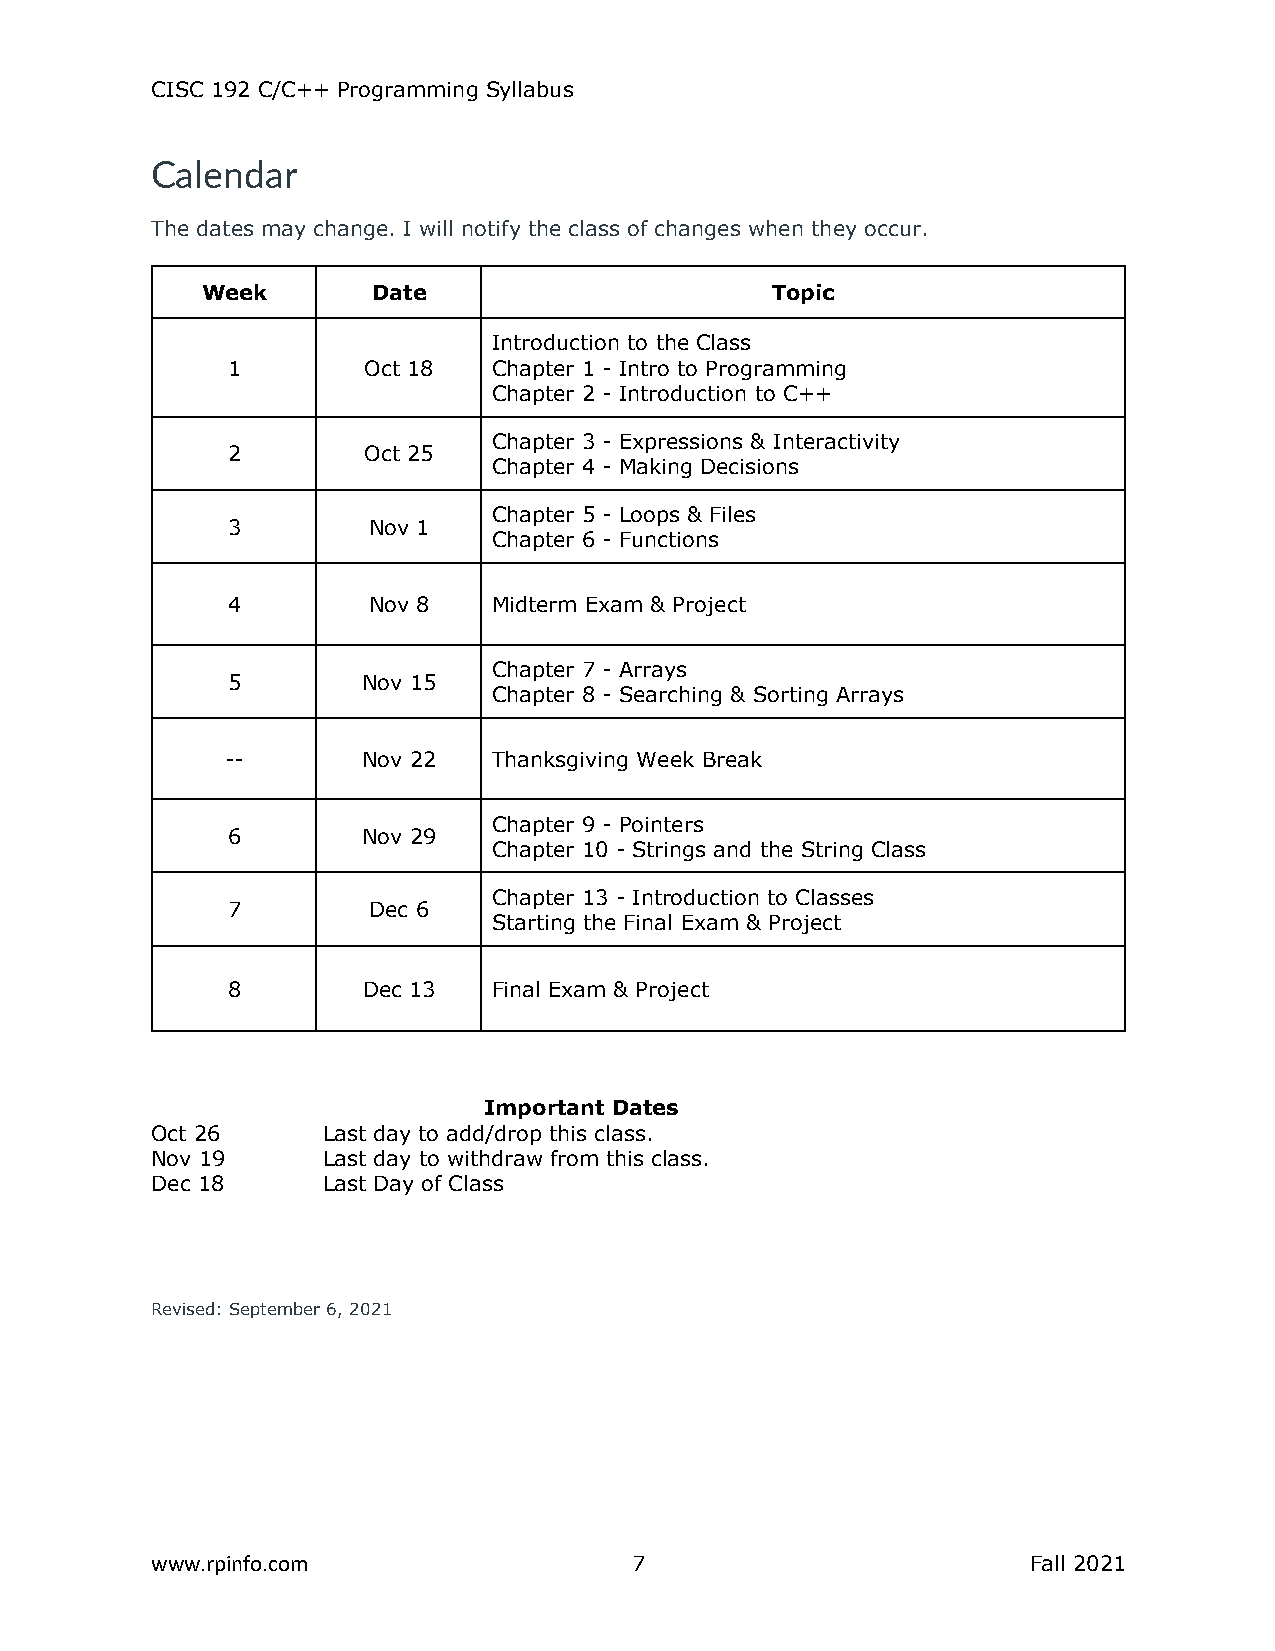
CISC 192 C/C++ Programming Syllabus
 Calendar
 The dates may change. I will notify the class of changes when they occur.
 Week        Date                      Topic
 Introduction to the Class
 1        Oct 18   Chapter 1 - Intro to Programming
 Chapter 2 - Introduction to C++
 Chapter 3 - Expressions & Interactivity
 2        Oct 25
 Chapter 4 - Making Decisions
 Chapter 5 - Loops & Files
 3        Nov 1
 Chapter 6 - Functions
 4        Nov 8    Midterm Exam & Project
 Chapter 7 - Arrays
 5        Nov 15
 Chapter 8 - Searching & Sorting Arrays
 --       Nov 22   Thanksgiving Week Break
 Chapter 9 - Pointers
 6        Nov 29
 Chapter 10 - Strings and the String Class
 Chapter 13 - Introduction to Classes
 7        Dec 6
 Starting the Final Exam & Project
 8        Dec 13   Final Exam & Project
 Important Dates
 Oct 26     Last day to add/drop this class.
 Nov 19     Last day to withdraw from this class.
 Dec 18     Last Day of Class
 Revised: September 6, 2021
 www.rpinfo.com                  7                         Fall 2021